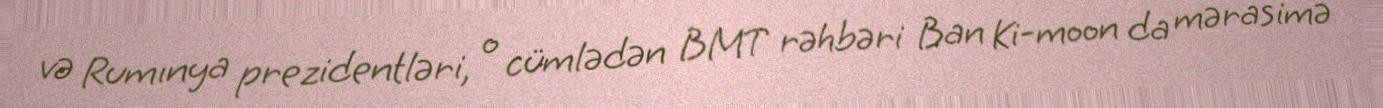
və Rumınya prezidentləri, o cümlədən BMT rəhbəri Ban Ki-moon da mərasimə